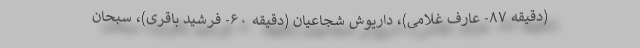
(دقیقه ۸۷- عارف غلامی)، داریوش شجاعیان (دقیقه ۶۰- فرشید باقری)، سبحان